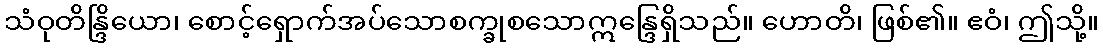
သံဝုတိန္ဒြိယော၊ စောင့်ရှောက်အပ်သောစက္ခုစသောဣန္ဒြေရှိသည်။ ဟောတိ၊ ဖြစ်၏။ ဧဝံ၊ ဤသို့။